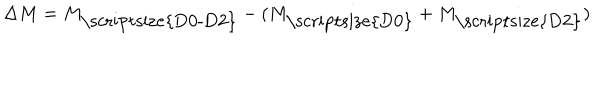
LaTeX: \Delta M = M _ { \mathrm { \scriptsize { D 0 - D 2 } } } - ( M _ { \mathrm { \scriptsize { D 0 } } } + M _ { \mathrm { \scriptsize { D 2 } } } )